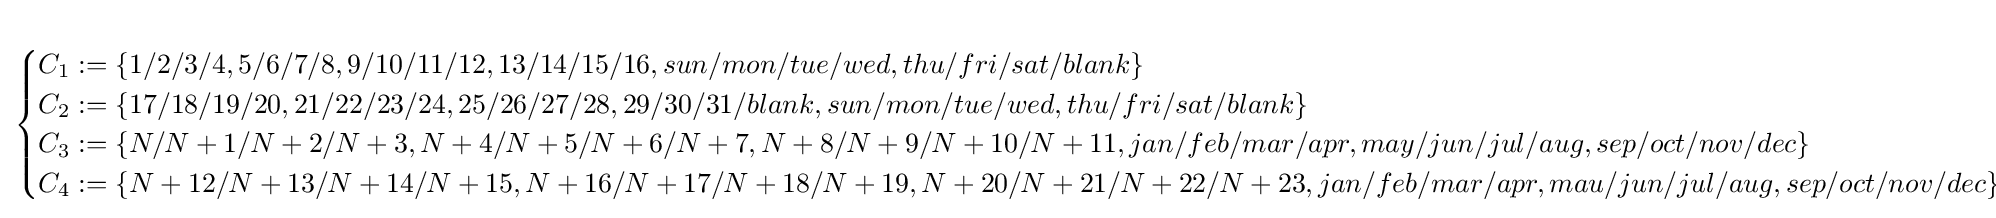
{\begin{cases}C_{1}:=\{1/2/3/4,5/6/7/8,9/10/11/12,13/14/15/16,sun/mon/tue/wed,thu/fri/sat/blank\}\\C_{2}:=\{17/18/19/20,21/22/23/24,25/26/27/28,29/30/31/blank,sun/mon/tue/wed,thu/fri/sat/blank\}\\C_{3}:=\{N/N+1/N+2/N+3,N+4/N+5/N+6/N+7,N+8/N+9/N+10/N+11,jan/feb/mar/apr,may/jun/jul/aug,sep/oct/nov/dec\}\\C_{4}:=\{N+12/N+13/N+14/N+15,N+16/N+17/N+18/N+19,N+20/N+21/N+22/N+23,jan/feb/mar/apr,mau/jun/jul/aug,sep/oct/nov/dec\}\\\end{cases}}